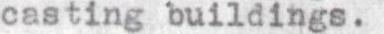
casting buildings.